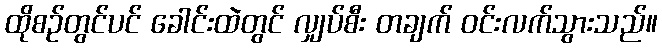
ထိုစဉ်တွင်ပင် ခေါင်းထဲတွင် လျှပ်စီး တချက် ဝင်းလက်သွားသည်။